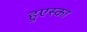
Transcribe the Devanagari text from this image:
हुएस्का